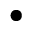
\bullet